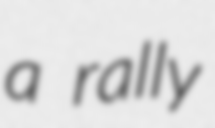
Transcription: a rally